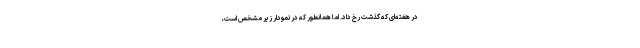
در هفته‌ای که گذشت رخ داد. اما همانطور که در نمودار زیر مشخص است،